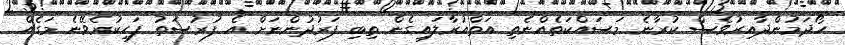
ހޯދަމުންދާއިރުވެސް ކުރާނެ މަސައްކަތެއްނެތި އަތްއުރާލައިގެން ތިބި ފަރުދުންނަށް އެ ފުރުސަތު ފަހިކުރެވޭނެ މަގެއް